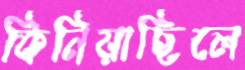
কিনিয়াছিলে